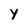
Character: y